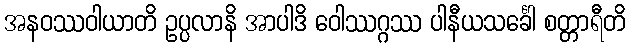
အနဝဿဝါယာတိ ဥပ္ပလာနိ အာပါဒိ ဝေါဿဂ္ဂဿ ပါနီယသင်္ခေါ စတ္တာရီတိ